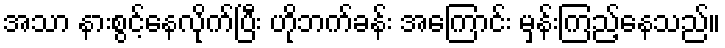
အသာ နားစွင့်နေလိုက်ပြီး ဟိုဘက်ခန်း အကြောင်း မှန်းကြည့်နေသည်။